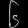
Digit: ၆